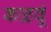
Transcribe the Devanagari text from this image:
कळवूं